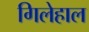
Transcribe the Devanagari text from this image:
गिलेहाल